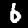
Digit: 6